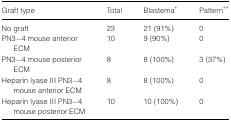
<table><thead><tr><td><b>Graft type</b></td><td><b>Total</b></td><td><b>Blastema*</b></td><td><b>Pattern**</b></td></tr></thead><tbody><tr><td>No graft</td><td>23</td><td>21 (91%)</td><td>0</td></tr><tr><td>PN3−4 mouse anterior ECM</td><td>10</td><td>9 (90%)</td><td>0</td></tr><tr><td>PN3−4 mouse posterior ECM</td><td>8</td><td>8 (100%)</td><td>3 (37%)</td></tr><tr><td>Heparin lyase III PN3−4 mouse anterior ECM</td><td>8</td><td>8 (100%)</td><td>0</td></tr><tr><td>Heparin lyase III PN3−4 mouse posterior ECM</td><td>10</td><td>10 (100%)</td><td>0</td></tr></tbody></table>